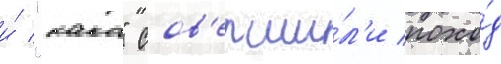
и́ "како" сов'ерши́л'и похо́д